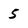
Character: 5